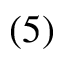
( 5 )